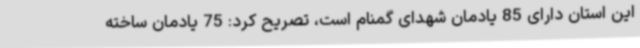
این استان دارای 85 یادمان شهدای گمنام است، تصریح کرد: 75 یادمان ساخته